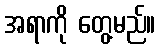
အရာကို တွေ့မည်။